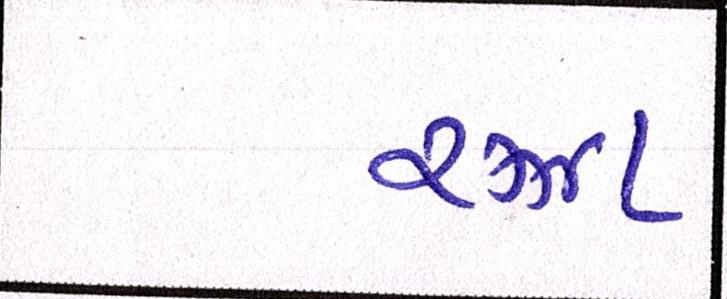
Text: રઝા